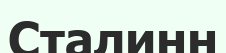
Сталинн